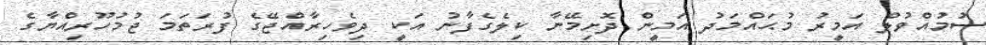
ސުމުއްވުލް އަމީރު މުޙައްމަދު އަމީން ދޮށިމޭނާ ކިލެގެފާނު އަކީ ދިވެހިރާއްޖޭގެ ފުރަތަމަ ޖުމުހޫރިއްޔާގެ